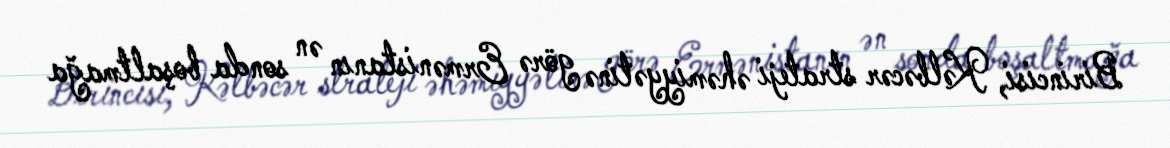
Birincisi, Kəlbəcər strateji əhəmiyyətinə görə Ermənistanın ən sonda boşaltmağa